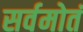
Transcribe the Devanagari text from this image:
सर्वमोतं